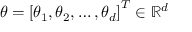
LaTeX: { \boldsymbol { \theta } } = \left[ \theta _ { 1 } , \theta _ { 2 } , \dots , \theta _ { d } \right] ^ { T } \in \mathbb { R } ^ { d }